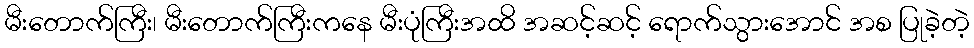
မီးတောက်ကြီး၊ မီးတောက်ကြီးကနေ မီးပုံကြီးအထိ အဆင့်ဆင့် ရောက်သွားအောင် အစ ပြုခဲ့တဲ့